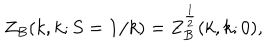
LaTeX: Z _ { B } ( k , k ; S = { \bf 1 } / k ) = Z _ { B } ^ { \frac { 1 } { 2 } } ( k , k ; 0 ) ,